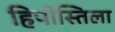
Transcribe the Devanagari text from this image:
हिपोस्तिला